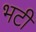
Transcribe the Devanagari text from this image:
भटी